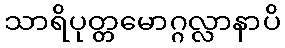
သာရိပုတ္တမောဂ္ဂလ္လာနာပိ